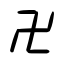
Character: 卍